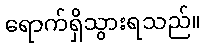
ရောက်ရှိသွားရသည်။